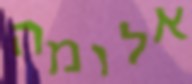
אלומה